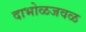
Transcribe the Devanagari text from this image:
दाभोळजवळ